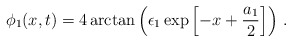
\begin{align*}\phi_{1}(x,t)=4\arctan\left(\epsilon_{1}\exp\left[ -x+\frac{a_{1}}{2}\right]\right)\,.\end{align*}